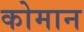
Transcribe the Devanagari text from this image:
कोमान